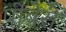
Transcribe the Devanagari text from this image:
पीबेरी